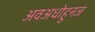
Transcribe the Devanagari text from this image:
अवअधोहुनज